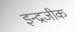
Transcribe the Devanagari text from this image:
इन्द्रजीक